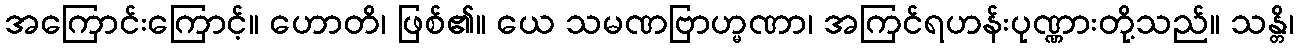
အကြောင်းကြောင့်။ ဟောတိ၊ ဖြစ်၏။ ယေ သမဏဗြာဟ္မဏာ၊ အကြင်ရဟန်းပုဏ္ဏားတို့သည်။ သန္တိ၊